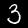
Digit: 3